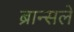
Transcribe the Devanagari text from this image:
ब्रान्सले